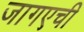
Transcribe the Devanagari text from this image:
जागएची